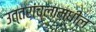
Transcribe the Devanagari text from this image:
उत्तरांचलामधील